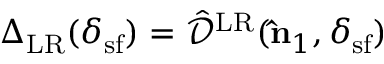
{ \Delta } _ { \mathrm { L R } } ( \delta _ { \mathrm { s f } } ) = \hat { \mathcal { D } } ^ { \mathrm { L R } } ( { \bf \hat { n } } _ { 1 } , \delta _ { \mathrm { s f } } )